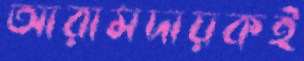
আরামদায়কই